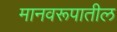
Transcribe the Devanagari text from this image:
मानवरूपातील